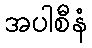
အပါစီနံ